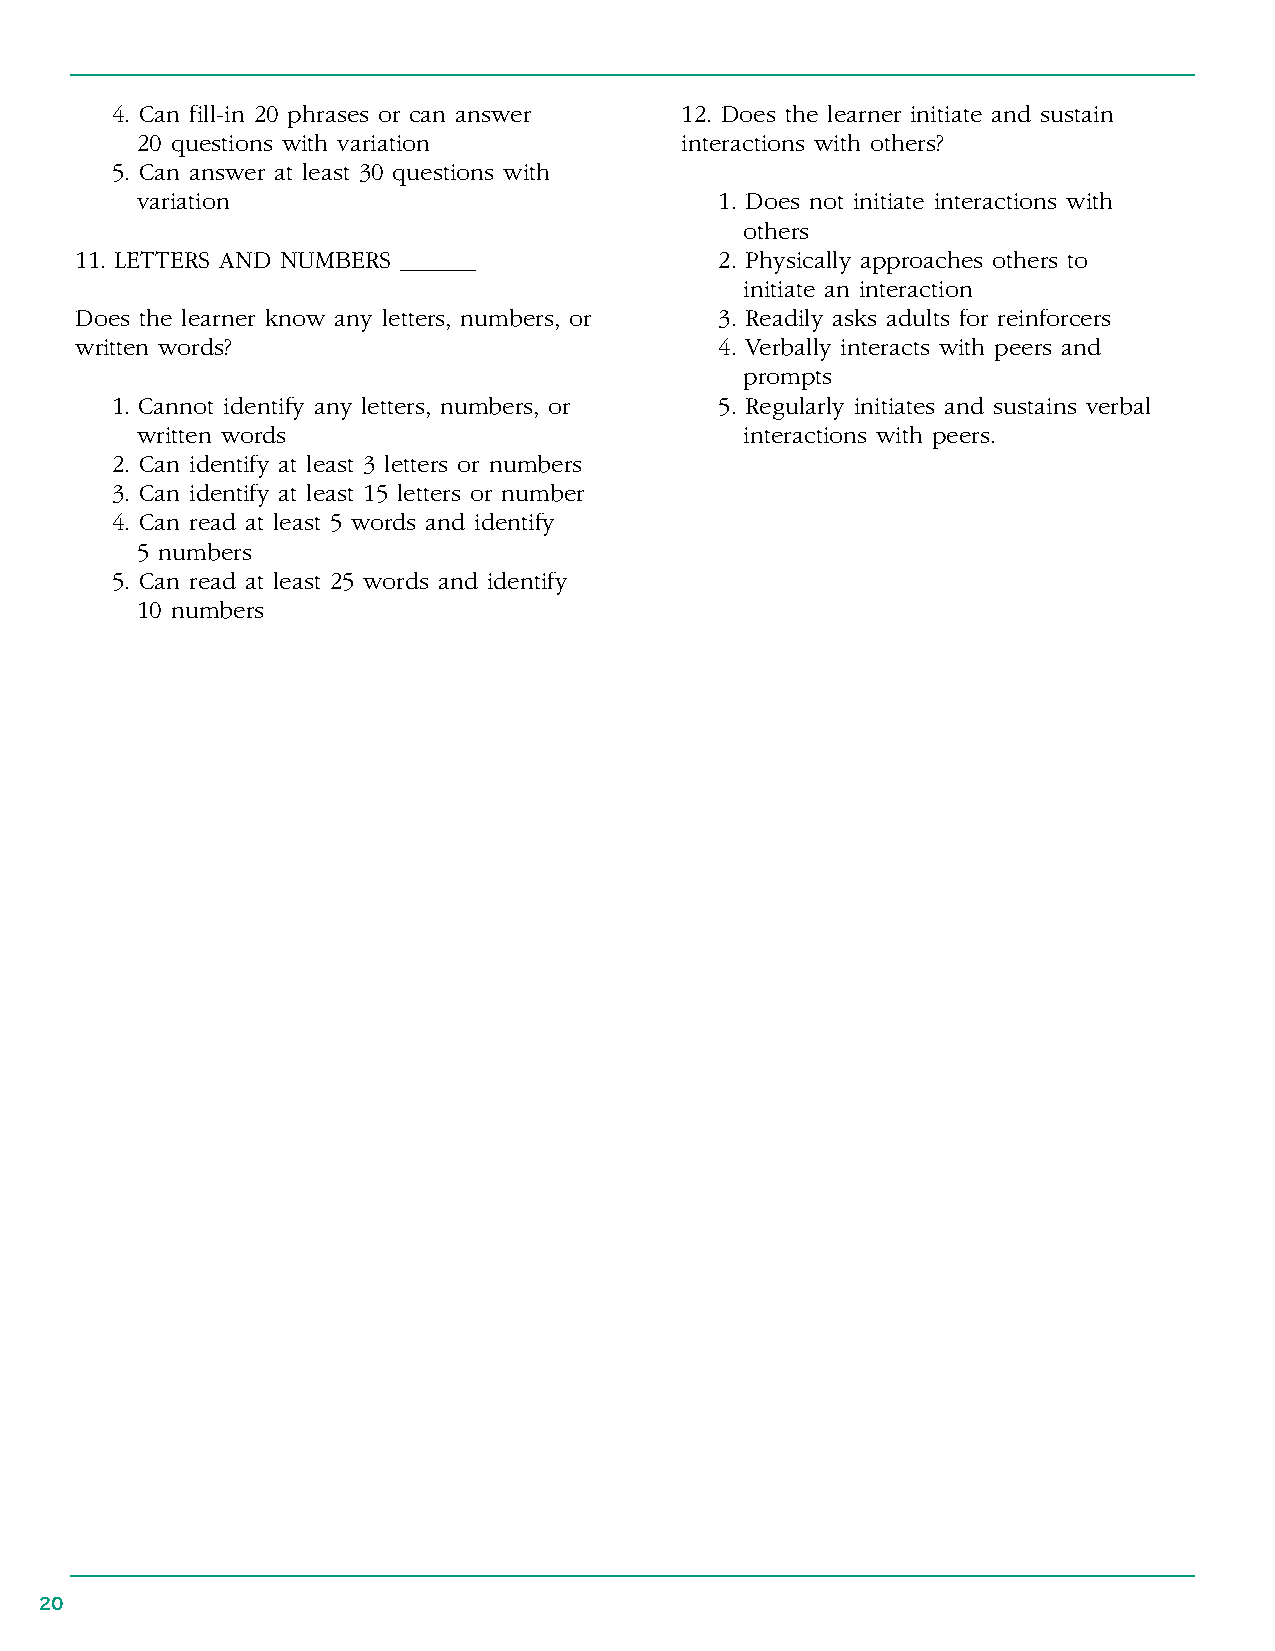
4 . Can fill-in 20 phrases or can answer 12 . Does the learner initiate and sustain
 20 questions with variation         interactions with others?
 5 . Can answer at least 30 questions with
 variation                              1 . Does not initiate interactions with
 others
 11 . LETTERS AND NUMBERS ______            2 . Physically approaches others to
 initiate an interaction
 Does the learner know any letters, numbers, or 3 . Readily asks adults for reinforcers
 written words?                             4 . Verbally interacts with peers and
 prompts
 1 . Cannot identify any letters, numbers, or 5 . Regularly initiates and sustains verbal
 written words                           interactions with peers .
 2 . Can identify at least 3 letters or numbers
 3 . Can identify at least 15 letters or number
 4 . Can read at least 5 words and identify
 5 numbers
 5 . Can read at least 25 words and identify
 10 numbers
 20